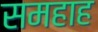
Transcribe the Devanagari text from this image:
समहाह